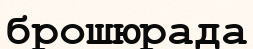
брошюрада